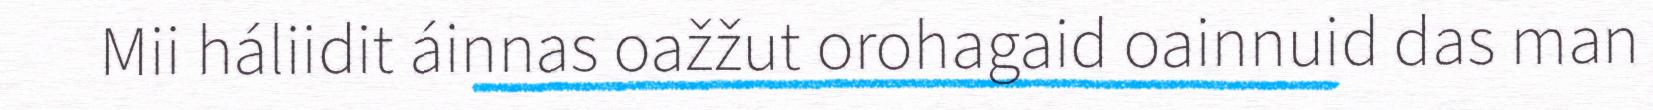
Mii háliidit áinnas oažžut orohagaid oainnuid das man